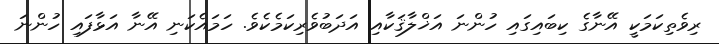
ރިވެތިކަމަކީ އޭނާގެ ކިބައިގައި ހުންނަ އަޚްލާޤަކާއި އަދަބުވެރިކަމެކެވެ. ހަމައެކަނި އޭނާ އަޅާފައި ހުންނަ